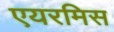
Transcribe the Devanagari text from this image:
एयरमिस